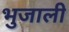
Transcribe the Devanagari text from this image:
भुजाली